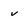
Character: v